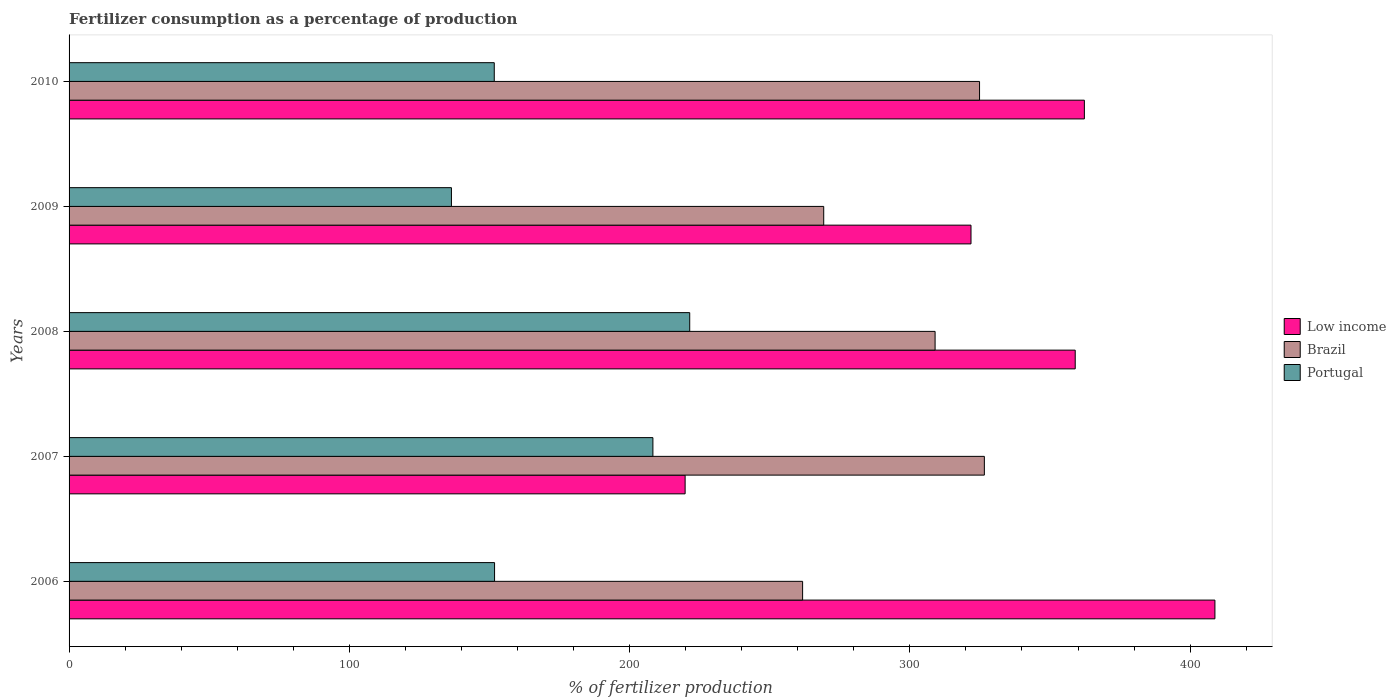
| Years | Low income | Brazil | Portugal |
 | --- | --- | --- | --- |
 | 2006 | 409 | 262 | 152 |
 | 2007 | 220 | 327 | 208 |
 | 2008 | 359 | 309 | 221 |
 | 2009 | 322 | 269 | 136 |
 | 2010 | 362 | 325 | 152 |